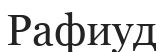
Рафиуд